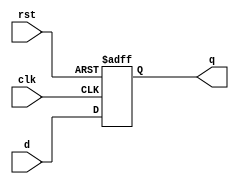
module dff_async_rst(input clk, d, rst, output reg q);
	always@(posedge clk, posedge rst)
	begin
		if(rst == 1'b1)
			q <= 1'b0;
		else
			q <= d;
	end
endmodule